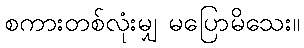
စကားတစ်လုံးမျှ မပြောမိသေး။